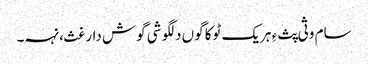
سام وثی پث ءِ ہریک ٹوکا گوں دلگوشی گوش دارغث، نہہ۔